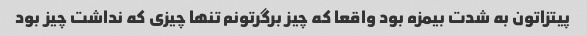
پیتزاتون به شدت بیمزه بود واقعا که چیز برگرتونم تنها چیزی که نداشت چیز بود